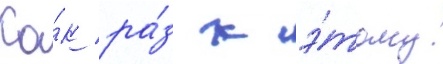
Ка́к ра́з к э́тому